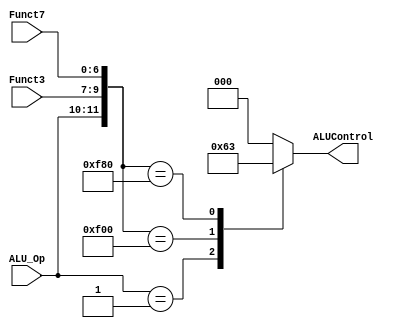
module ALU_Decoder
(
	input 		[1:0]	ALU_Op,
	input 		[2:0]	Funct3,
	input			[6:0]	Funct7,
	
	output reg	[2:0]	ALUControl
);

	localparam	lwsw 		= 12'b00_xxx_xxxxxxx,
					beq		= 12'b01_xxx_xxxxxxx,
					add		= 12'b01_000_0000000,
					sub		= 12'b01_000_0100000,
					opor		= 12'b11_110_0000000,
					opand		= 12'b11_111_0000000;
	
	
	always@({ALU_Op,Funct3,Funct7}) begin
		casex({ALU_Op,Funct3,Funct7})
			lwsw  	:	ALUControl = 3'b000;
			
			beq		:	ALUControl = 3'b001;
			
			add		:	ALUControl = 3'b000;
	
			sub		:	ALUControl = 3'b001;
			
			opor		:	ALUControl = 3'b100;
			
			opand		: 	ALUControl = 3'b011;
			
			default	:	ALUControl = 3'b000;
		endcase
	end
endmodule